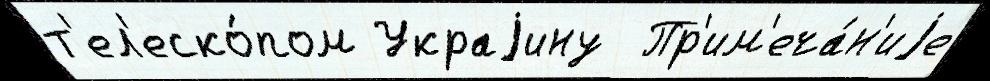
т'ел'еско́пом Украjину  Пр'им'еча́н'иjе